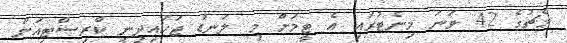
މެޗުގެ 42 ވަނަ މިނެޓުގައި އެ ޓީމަށް މި ލަނޑު ޖަހައިދިނީ ކްރިސްޓިއަން